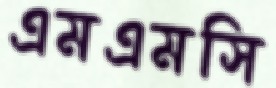
এমএমসি